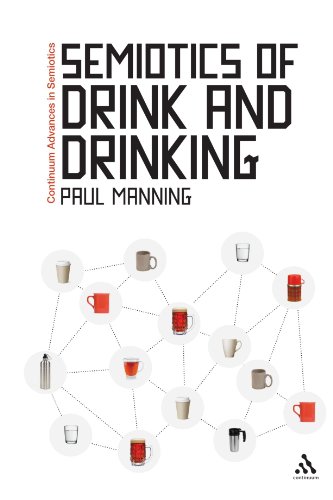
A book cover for Semiotics of Drink and Drinking (Bloomsbury Advances in Semiotics); Paul Manning; Reference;